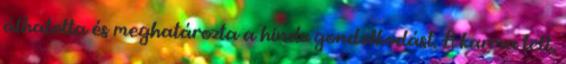
áthatotta és meghatározta a hindu gondolkodást. A karma tett,